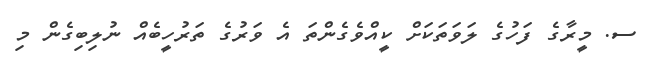
ސ. މީރާގެ ފަހުގެ ލަވަތަކަށް ކީއްވެގެންތަ އެ ވަރުގެ ތަރުހީބެއް ނުލިބިގެން މި